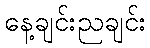
နေ့ချင်းညချင်း